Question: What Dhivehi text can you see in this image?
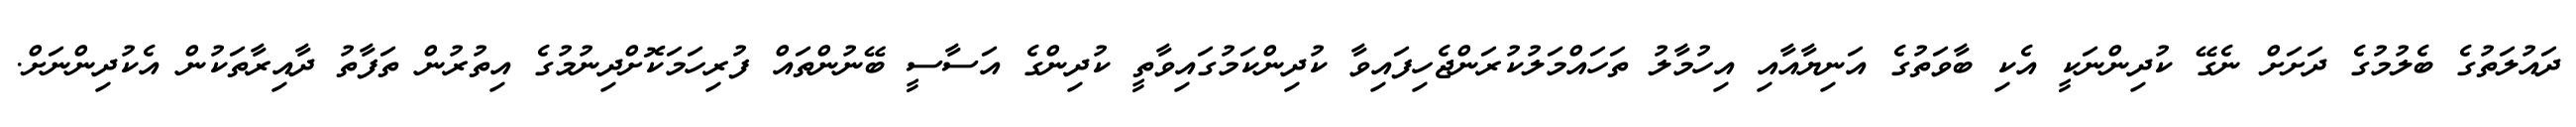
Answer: ދައުލަތުގެ ބެލުމުގެ ދަށަށް ނެގޭ ކުދިންނަކީ އެކި ބާވަތުގެ އަނިޔާއާއި އިހުމާލު ތަހައްމަލުކުރަންޖެހިފައިވާ ކުދިންކަމުގައިވާތީ ކުދިންގެ އަސާސީ ބޭނުންތައް ފުރިހަމަކޮށްދިނުމުގެ އިތުރުން ތަފާތު ދާއިރާތަކުން އެކުދިންނަށް.